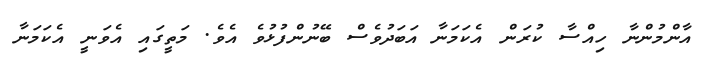
އާންމުންނާ ހިއްސާ ކުރަން އެކަމަނާ އަބަދުވެސް ބޭނުންފުޅުވެ އެވެ. މަތީގައި އެވަނީ އެކަމަނާ